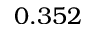
0 . 3 5 2